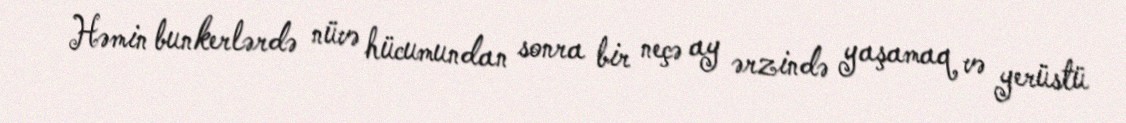
Həmin bunkerlərdə nüvə hücumundan sonra bir neçə ay ərzində yaşamaq və yerüstü